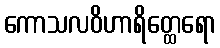
ကောသလဝိဟာရိတ္ထေရော